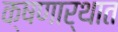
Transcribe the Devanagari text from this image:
क्षणार्थात